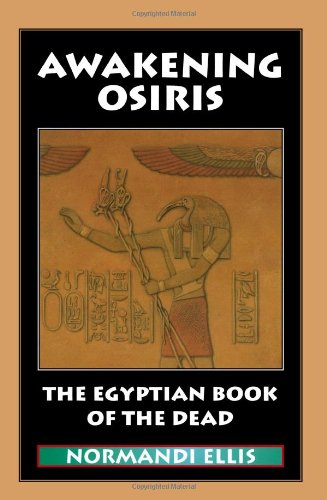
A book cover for Awakening Osiris: The Egyptian Book of the Dead; Normandi Ellis; Literature & Fiction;